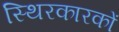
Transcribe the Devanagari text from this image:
स्थिरकारकों